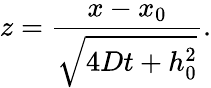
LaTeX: z=\frac{x-x_{0}}{\sqrt{4Dt+h_{0}^{2}}}.